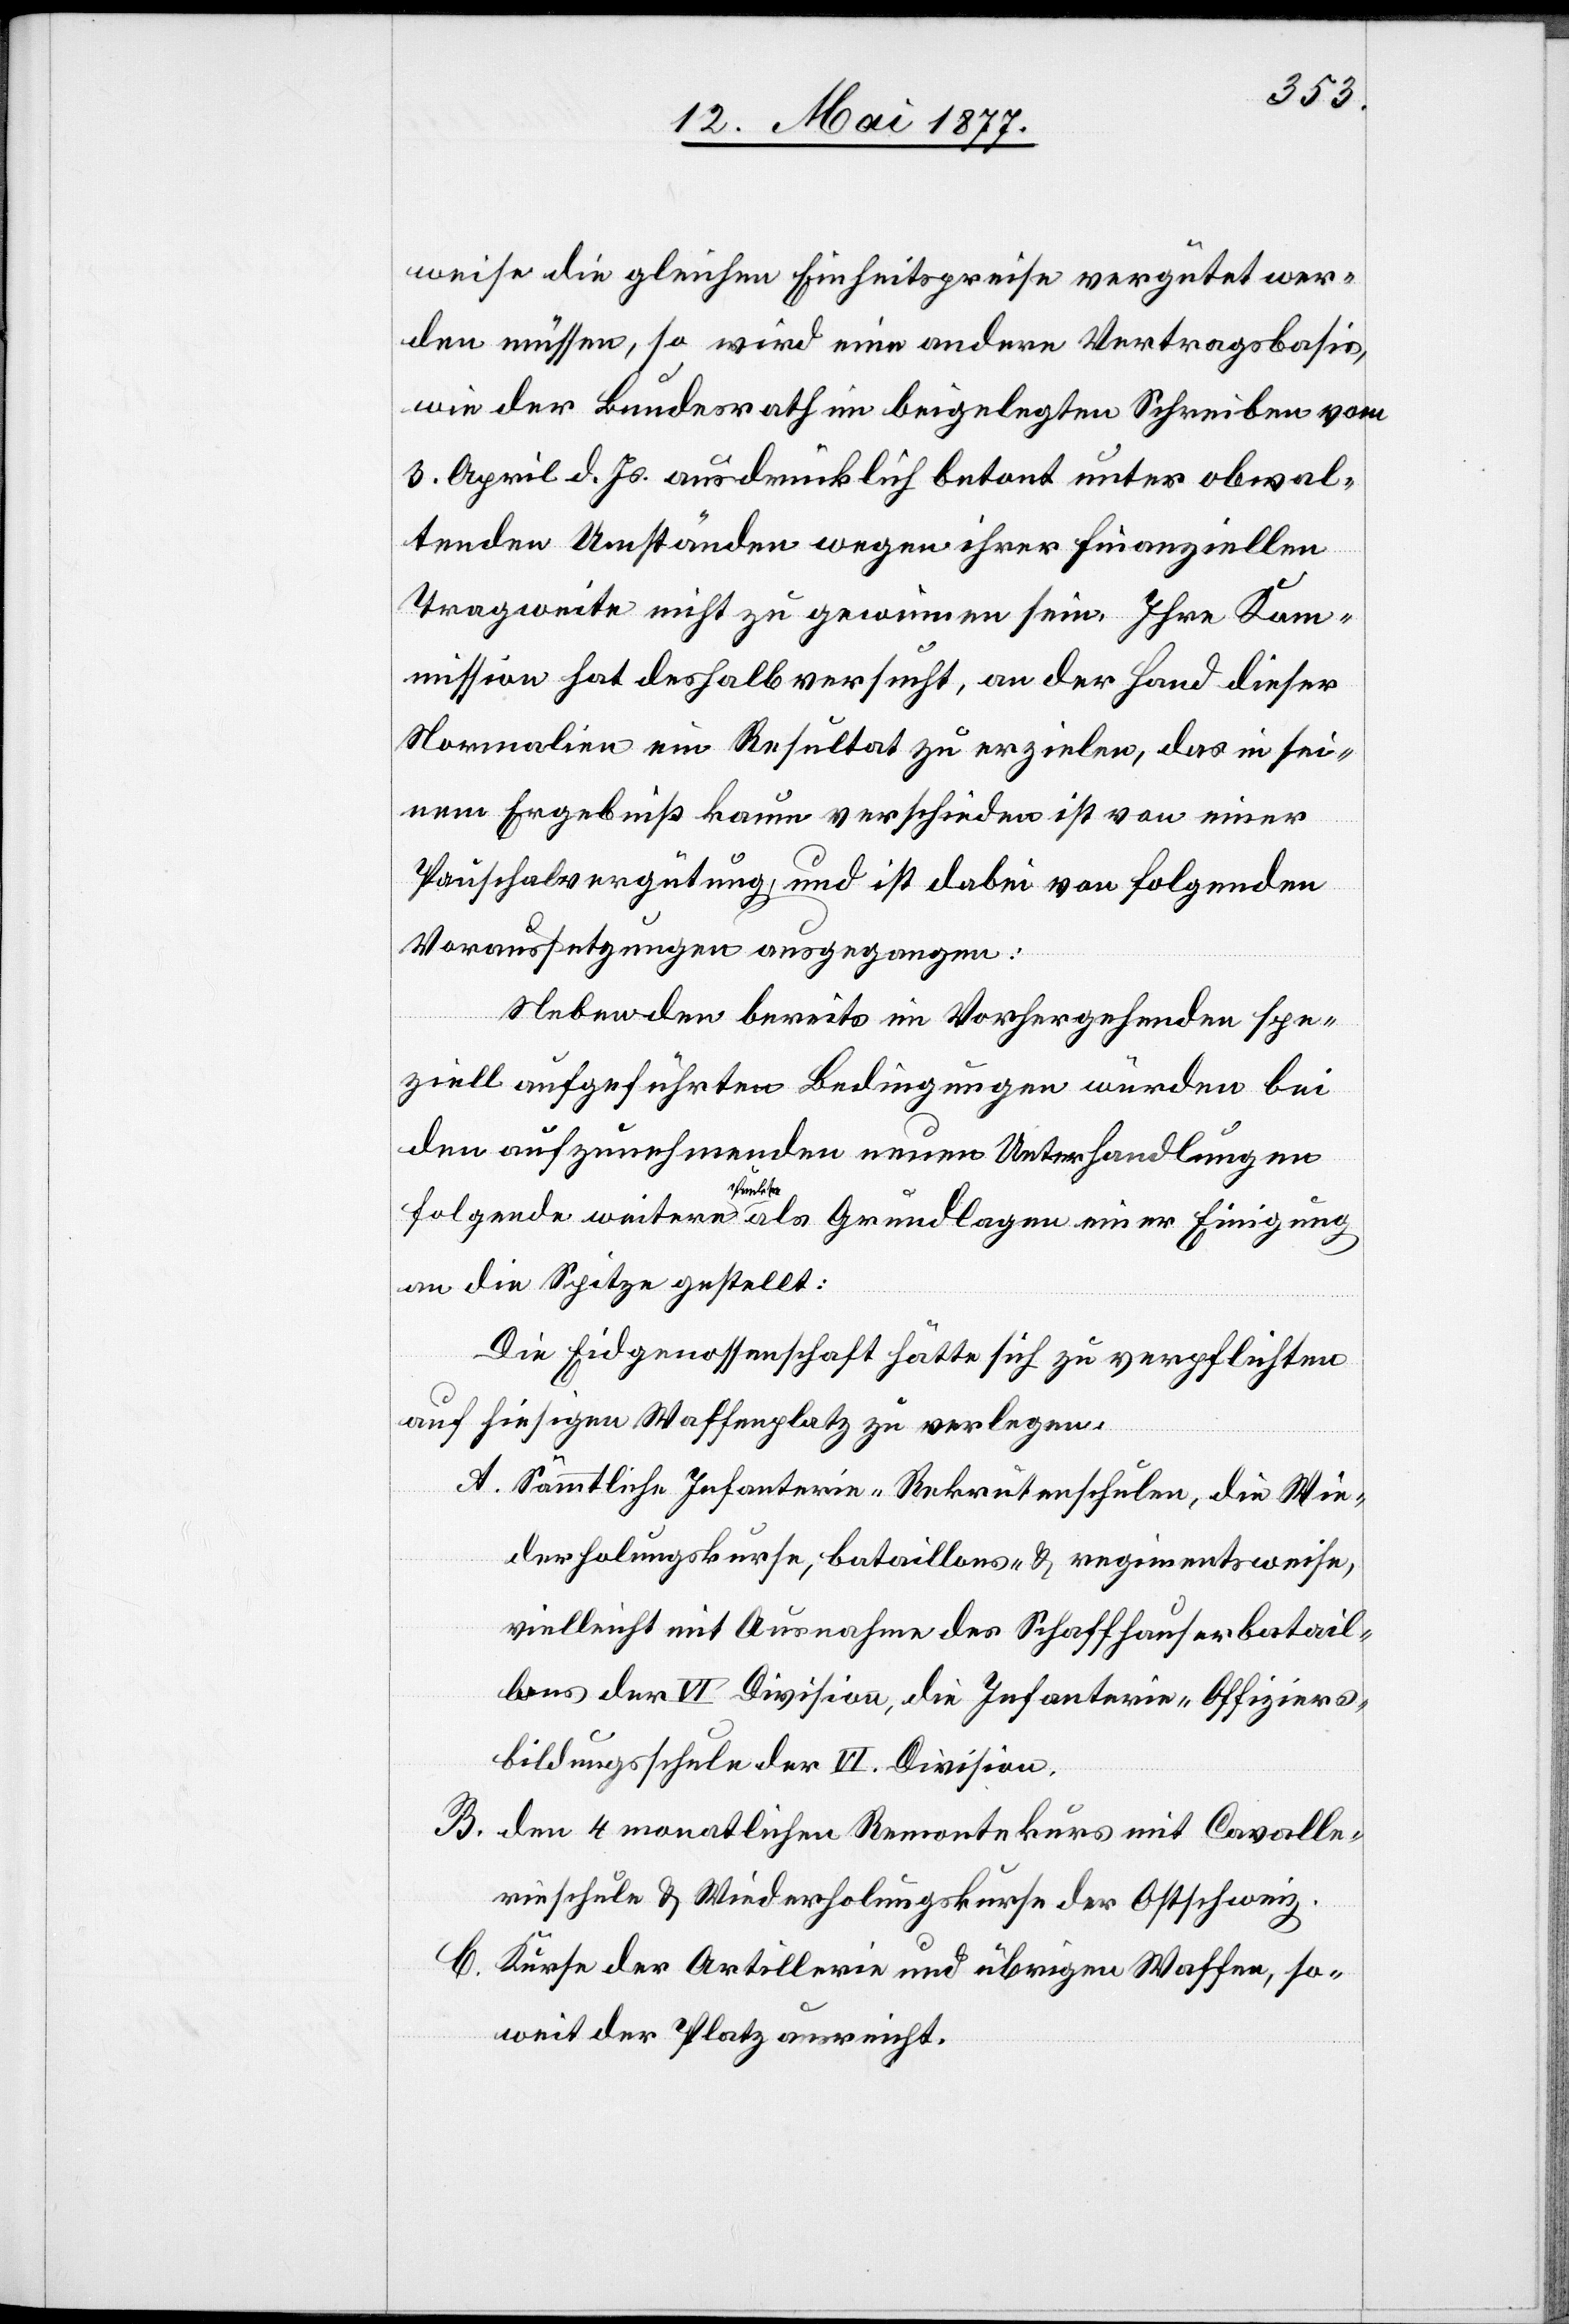
weise die gleichen Einheitspreise vergütet wer¬
den müssen, so wird eine andere Vertragsbasis,
wie der Bundesrath im beigelegten Schreiben vom
3. April d. Js. ausdrücklich betont unter obwal¬
tenden Umständen wegen ihrer finanziellen
Tragweise nicht zu gewinnen sein. Ihre Kom¬
mission hat deshalb versucht, an der Hand dieser
Normalien ein Resultat zu erzielen, das in sei¬
nem Ergebniß kaum verschieden ist von einer
Pauschalvergütung, und ist dabei von folgenden
Voraussetzungen ausgegangen:
der
Neben den bereits im Vorhergehenden spe¬
ziell aufgeführten Bedingungen würden bei
den aufzunehmenden neuen Unterhandlungen
folgende weitere Punkte als Grundlagen einer Einigung
an die Spitze gestellt:
Die Eidgenossenschaft hätte sich zu verpflichten
auf hiesigen Waffenplatz zu verlegen:
A. Sämmtliche Infanterie-Rekrutenschulen, die Wie¬
derholungskurse, bataillons- & regimentsweise,
vielleicht mit Ausnahme des Schaffhauserbatail¬
lons der VI Division, die Infanterie-Offiziers¬
B. Den 4 monatlichen Remontekurs mit Cavalle¬
rieschule & Wiederholungskurse der Ostschweiz.
C. Kurse der Artillerie und übrigen Waffen, so¬
weit der Platz ausreicht.